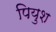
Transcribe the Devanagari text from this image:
पियुश